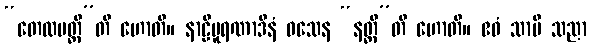
“တေလမတ္ထီ”တိ ဟောတိ။ နာဠိပူရဏာဒီနံ ဝသေန “နတ္ထီ”တိ ဟောတိ။ ဧဝံ သာပိ သညာ